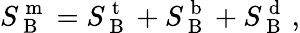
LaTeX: S_{\mathrm{~B~}}^{\mathrm{~m~}}=S_{\mathrm{~B~}}^{\mathrm{~t~}}+S_{\mathrm{~B~}}^{\mathrm{~b~}}+S_{\mathrm{~B~}}^{\mathrm{~d~}}\, ,